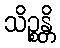
သိဉ္စန္တိ